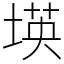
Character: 𡎘